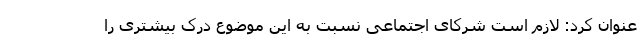
عنوان کرد: لازم است شرکای اجتماعی نسبت به این موضوع درک بیشتری را